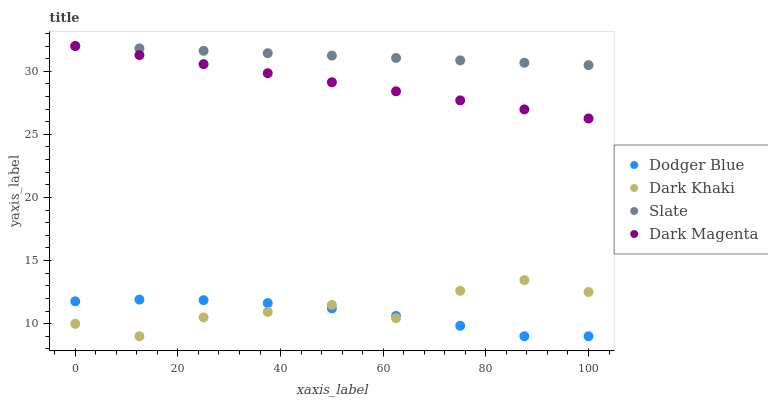
| xaxis_label | Dodger Blue | Dark Khaki | Slate | Dark Magenta |
 | --- | --- | --- | --- | --- |
 | 0 | 11.8 | 9.99 | 32 | 32 |
 | 12.5 | 11.9 | 9 | 31.8 | 31.3 |
 | 25 | 11.9 | 10.5 | 31.6 | 30.6 |
 | 37.5 | 11.6 | 10.9 | 31.4 | 29.8 |
 | 50 | 11.2 | 11.5 | 31.2 | 29.1 |
 | 62.5 | 10.6 | 10.4 | 31.1 | 28.4 |
 | 75 | 9.83 | 12.6 | 30.9 | 27.7 |
 | 87.5 | 9 | 13.4 | 30.7 | 27 |
 | 100 | 9 | 12.5 | 30.5 | 26.3 |